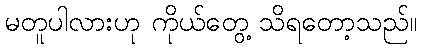
မတူပါလားဟု ကိုယ်တွေ့ သိရတော့သည်။